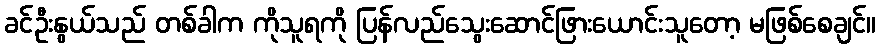
ခင်ဦးနွယ်သည် တစ်ခါက ကိုသူရကို ပြန်လည်သွေးဆောင်ဖြားယောင်းသူတော့ မဖြစ်စေချင်။